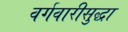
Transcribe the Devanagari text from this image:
वर्गवारीसुद्धा